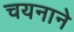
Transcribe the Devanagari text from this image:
चयनाने